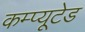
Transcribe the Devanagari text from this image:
कम्प्यूटेड